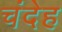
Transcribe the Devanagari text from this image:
चंदेह